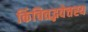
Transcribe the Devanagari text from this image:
किंचित्तद्भवेत्तस्य